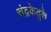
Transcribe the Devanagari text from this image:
चंद्रकेतुके